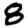
Digit: 8